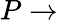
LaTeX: P\rightarrow